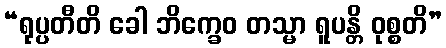
“ရုပ္ပတီတိ ခေါ ဘိက္ခေဝ တသ္မာ ရူပန္တိ ဝုစ္စတိ”